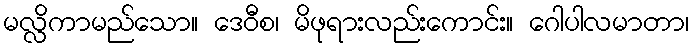
မလ္လိကာမည်သော။ ဒေဝီစ၊ မိဖုရားလည်းကောင်း။ ဂေါပါလမာတာ၊